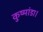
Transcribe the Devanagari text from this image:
कुष्मांडा।